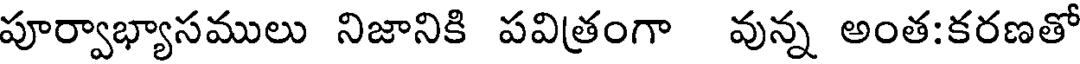
పూర్వాభ్యాసములు నిజానికి పవిత్రంగా వున్న అంత:కరణతో